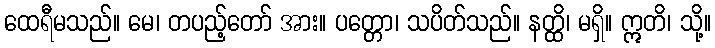
ထေရီမသည်။ မေ၊ တပည့်တော် အား။ ပတ္တော၊ သပိတ်သည်။ နတ္ထိ၊ မရှိ။ ဣတိ၊ သို့။